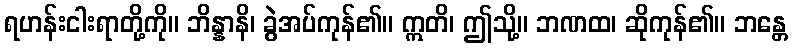
ရဟန်းငါးရာတို့ကို။ ဘိန္နာနိ၊ ခွဲအပ်ကုန်၏။ ဣတိ၊ ဤသို့။ ဘဏထ၊ ဆိုကုန်၏။ ဘန္တေ